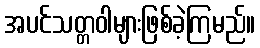
အပင်သတ္တဝါများဖြစ်ခဲ့ကြမည်။